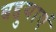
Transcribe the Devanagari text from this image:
बद्दुयाएं